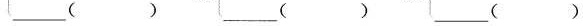
___（） ___（） ___（）